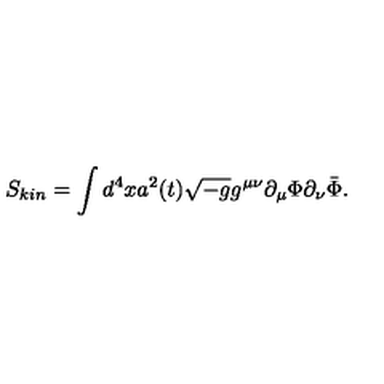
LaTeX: S _ { k i n } = \int d ^ { 4 } x a ^ { 2 } ( t ) \sqrt { - g } g ^ { \mu \nu } \partial _ { \mu } \Phi \partial _ { \nu } \bar { \Phi } .